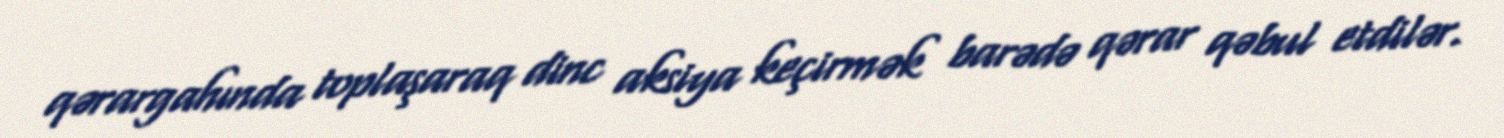
qərargahında toplaşaraq dinc aksiya keçirmək barədə qərar qəbul etdilər.